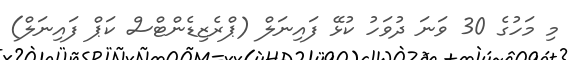
މި މަހުގެ 30 ވަނަ ދުވަހު ކުޅޭ ފައިނަލް (ޕްރެޒިޑެންޓްސް ކަޕް ފައިނަލް)